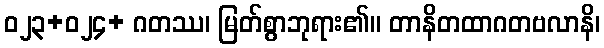
ဝ၂၃+၀၂၄+ ဂတဿ၊ မြတ်စွာဘုရား၏။ တာနိတထာဂတဗလာနိ၊